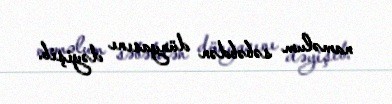
naməlum səbəbdən dünyasını dəyişib.